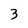
Character: 3